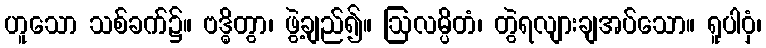
ဟူသော သစ်ခက်၌။ ဗဒ္ဓိတွာ၊ ဖွဲ့ချည်၍။ ဩလမ္ပိတံ၊ တွဲရလျားချအပ်သော။ ရူပါဝှံ၊